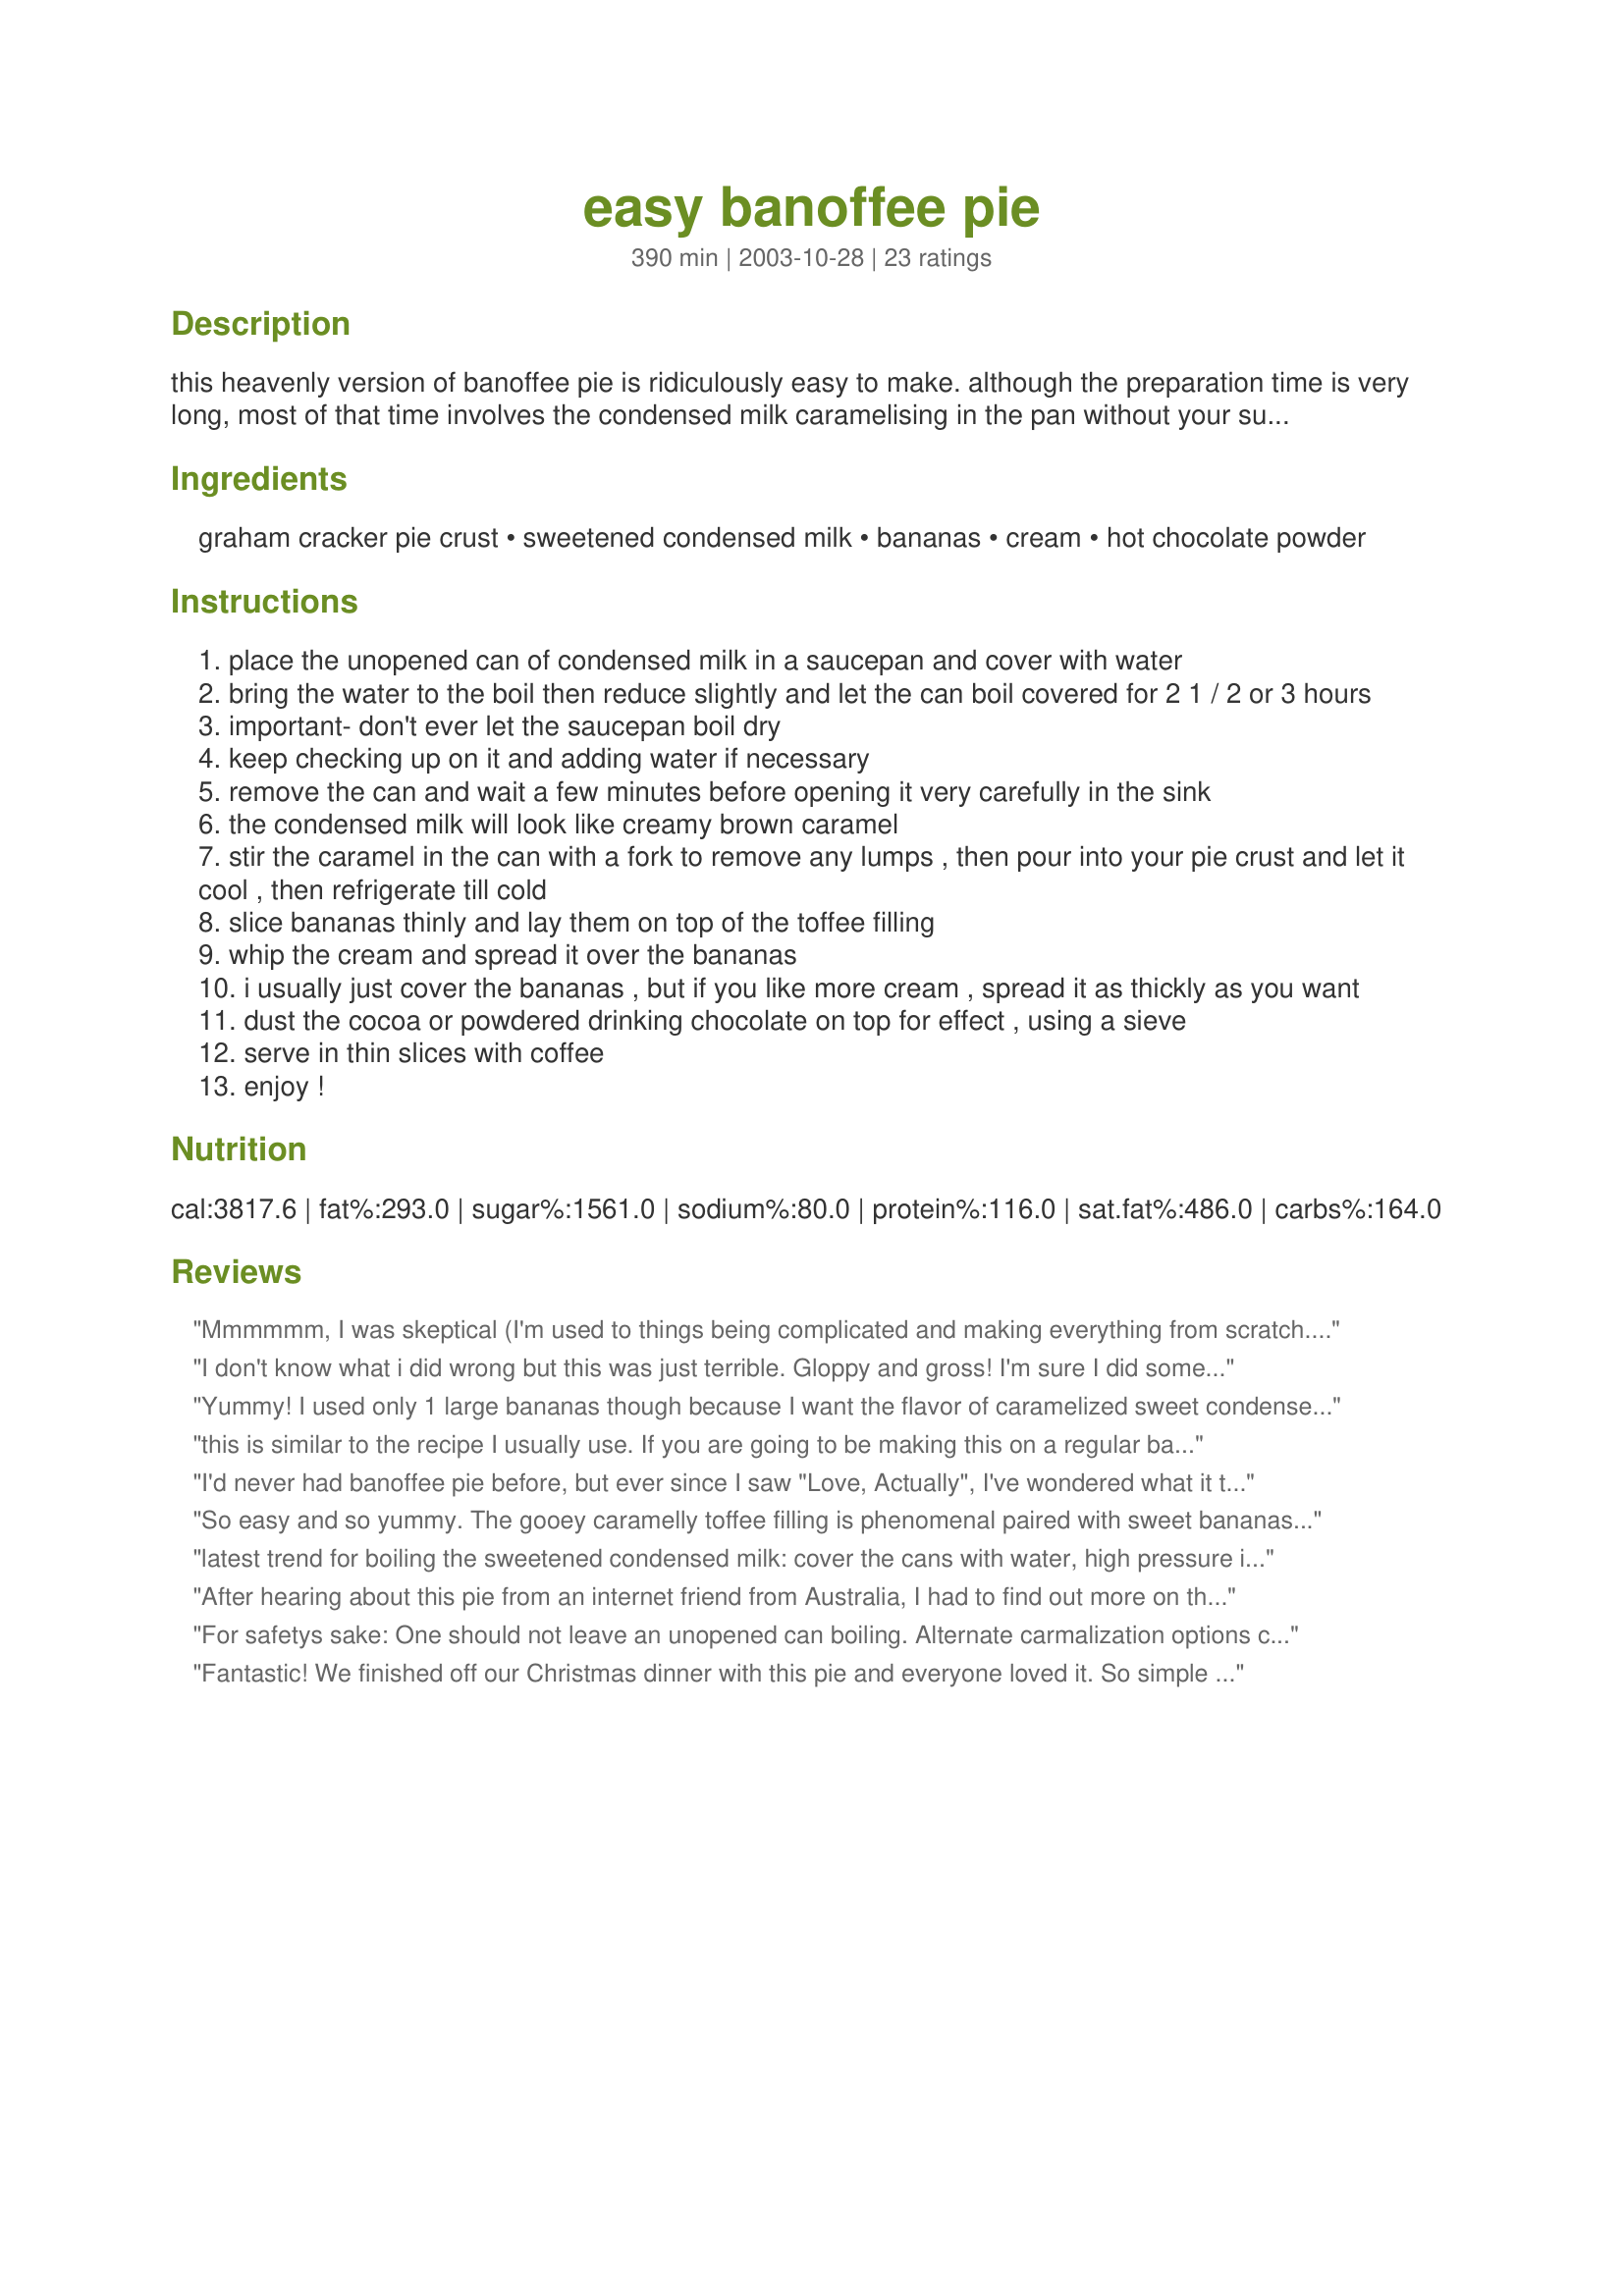
easy banoffee pie
Preparation time: 390 minutes

this heavenly version of banoffee pie is ridiculously easy to make. although the preparation time is very long, most of that time involves the condensed milk caramelising in the pan without your supervision. hope you enjoy it!

Ingredients:
graham cracker pie crust, sweetened condensed milk, bananas, cream, hot chocolate powder

Steps:
place the unopened can of condensed milk in a saucepan and cover with water
bring the water to the boil then reduce slightly and let the can boil covered for 2 1 / 2 or 3 hours
important- don't ever let the saucepan boil dry
keep checking up on it and adding water if necessary
remove the can and wait a few minutes before opening it very carefully in the sink
the condensed milk will look like creamy brown caramel
stir the caramel in the can with a fork to remove any lumps , then pour into your pie crust and let it cool , then refrigerate till cold
slice bananas thinly and lay them on top of the toffee filling
whip the cream and spread it over the bananas
i usually just cover the bananas , but if you like more cream , spread it as thickly as you want
dust the cocoa or powdered drinking chocolate on top for effect , using a sieve
serve in thin slices with coffee
enjoy !

Reviews:
Mmmmmm, I was skeptical (I'm used to things being complicated and making everything from scratch.) But I made this with a store bought pie crust and I used whipped topping instead of cream. It was AMAZING! I had banoffee in Ireland while I was there and I've been missing it so much. Oh, I used chocolate shavings too....SOOOO good! Thanks so much!
I don't know what i did wrong but this was just terrible. Gloppy and gross! I'm sure I did something wrong but I'm not going to try it again to find out.
Yummy! I used only 1 large bananas though because I want the flavor of caramelized sweet condensed milk to stand out. I topped mine with lots of whipped cream and cocoa powder. Very easy to make.
this is similar to the recipe I usually use. If you are going to be making this on a regular basis - or make millionaires shortbread, why not boil 2 or 3 cans at the same time as they keep, unopened for the same length of time as the ordinary condensed milk!! It saves time and gas. (Be warned, sometimes the tins call you and bring on an attack of the sweet munchies lol
I'd never had banoffee pie before, but ever since I saw "Love, Actually", I've wondered what it tastes like. This was wonderful -- and so easy!
So easy and so yummy. The gooey caramelly toffee filling is phenomenal paired with sweet bananas. I made an oreo crumb crust because I wanted a bit of chocolate, but otherwise made as written. This was throughly enjoyed by all!
latest trend for boiling the sweetened condensed milk: cover the cans with water, high pressure in an electric pressure cooker, 30 min, npr - let cool. easy peasy
After hearing about this pie from an internet friend from Australia, I had to find out more on this. I looked up several recipes and videos online. My friend was having a problem with the toffee and I referred him to this recipe as it was the easiest instructions out there. My husband decided he would like to try this as it is truly unique. I did make a couple of changes. I used 3 cans of sweetened condensed milk for 2 pies and topped it off with cool whip as that was what I had on hand. The pie was a big hit Christmas Day. I am sure I will be asked to make it again. The only problem I had was it was very runny, I think I would try to cook the milk another hour as other recipes recommend.
For safetys sake: One should not leave an unopened can boiling. Alternate carmalization options can be found on zaar.
Fantastic! We finished off our Christmas dinner with this pie and everyone loved it. So simple to prepare... a definite keeper! Thanks for posting.
This is practically the same recipe I always use, so thought I'd submit a couple of pictures. I make the pie crust using about 250g digestive biscuits, crushed, and 100g melted butter. Press into the base and sides of a tin, chill and voila! Mine is smaller in width (8 inch tin) so I only use 2 bananas. It tastes sooooo good!
The filling was very tasty, very creamy and sweet, but it didn't even fill half of the pie shell, almost need 2 cans.
DELICIOUS! So easy and it got rave reviews! The only thing I wish is that it didn't take so long to boil! Good things come to those who wait ; )
Always wanted this recipe after tasting Banoffee Pie several times in UK. Finally made it for family Xmas dinner yesterday. Wow! Yummy! I used a large pie dish, graham cracker crumbs, 2 layers of banana (3 bananas), one layer under the toffee and one over it. We really like bananas! A whole pint of fresh double cream whipped with vanilla and maple syrup. I boiled 2 cans scm and only needed one so will definitely be making it again before the week is out.
i was very skeptical about how this would turn out. but it was really really good. i really enjoyed it. i think next time i will double the toffee filling
This recipe is simply one of the best. But be warned not to leave your can of milk unattended or let the water level go past half way down the can. It&#039;s better if you can do the caramel the day before. (I usually do two cans when I make it so I have extra on hand, just because it&#039;s such a time consuming process.) I use the fat-free version of sweetened condensed milk and it works out great! (Saves a few calories, too!) I use vanilla wafers instead of graham crackers for a more lighter taste. But please don&#039;t skimp on the cream use REAL whipping cream and whip it yourself. Not the stuff from an aerosol can. It&#039;s worth it. This will become your favorite pie!
This was just amazing! I added a little vanilla to the whipped cream for sweetness. A very, very bit hit!
Man, I love banoffee pie. I first tasted it in England in the mid-1990's and have been making it ever since. Simple and utterly, utterly delicious! Instead of cocoa powder, I like to garnish the pie with chocolate shavings. Yum!!
Okay, I am officially adopting this as my signature recipe. I made this New Year's Eve. My in-laws were visiting from the UK and everyone was swooning and moaning over it. I cooked two cans of th scm thinking to save one for another use and ended up using both in the pie. 
 I plan on bringing this pie to potlucks and pic nics for now on!!! It really was that good.
This is a great dessert; it's just that my husband prefers the original banana cream pie to this. Thanks.
This recipe was a hit at New Years! I used Dulce leche (caramel in a can) and it saved hours of prep time! I will absolutely make it again!thanks!
I first tasted this wonderful pie at a friends house. His aunt had brought it, along with the recipe. I thought she had written it down wrong (after all she was 80-ish!)What did I know? The recipe was correct and the pie was delicious! All that paranoia for nothing! I have made this MANY times and have never had any problems boiling the cans. I also use more than 3 bananas - more like 5! Thanks for posting.
I was looking for a different recipe. I saw that you are supposed to cook the milk in the can. You used to be able to do this but they no longer line the cans making it unsafe. Something leaches into the milk from the can when it's hot. Check with the maker of the milk before you do this.
